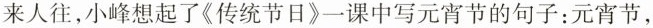
来人往，小峰想起了《传统节日》一课中写元宵节的句子：元宵节，